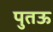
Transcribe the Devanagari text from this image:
पुतऊ